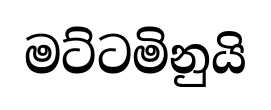
මට්ටමිනුයි